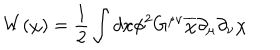
LaTeX: W ( \chi ) = \frac { 1 } { 2 } \int d x \phi ^ { 2 } G ^ { \mu \nu } \overline { { { \chi } } } \partial _ { \mu } \partial _ { \nu } \chi